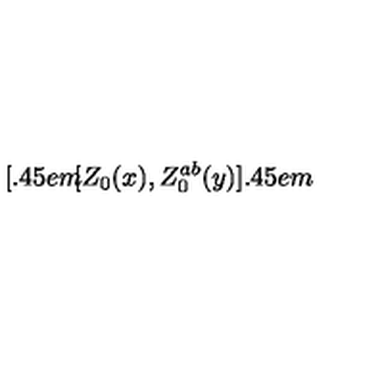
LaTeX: [ \kern - 0 . 4 5 e m \llap [ Z _ { 0 } ( x ) , Z _ { 0 } ^ { a b } ( y ) ] \kern - 0 . 4 5 e m \llap ~